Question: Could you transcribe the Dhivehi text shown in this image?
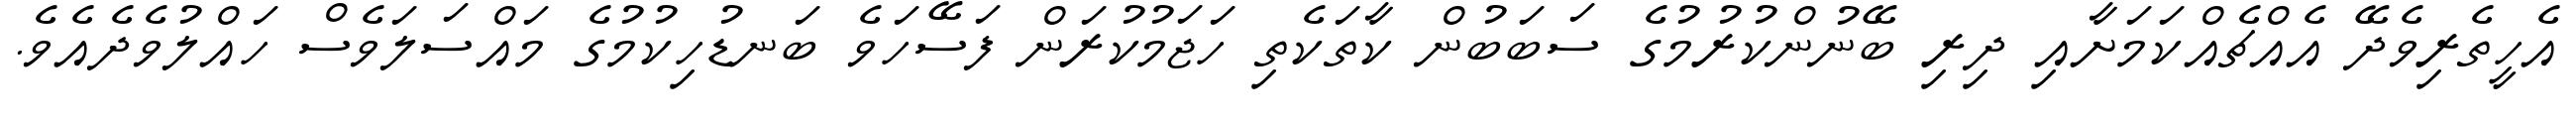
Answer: އެހީތެރިވެދޭ އެއްޗެއްކަމަށާއި ދިރި ބޭނުންކުރުމުގެ ސަބަބުން ކާތަކެތި ހަޖަމުކުރަން ފަސޭހަވެ ބަނޑުހިކުމުގެ މައްސަލަވެސް ހައްލުވެދެއެވެ.